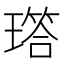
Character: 𬎐